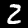
Digit: 2